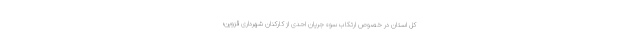
کل استان در خصوص ارتکاب سوء جریان احدی از کارکنان شهرداری قزوین؛